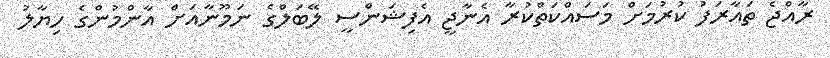
ރާއްޖެ ތައާރަފު ކުރުމަށް މަސައްކަތްކުރާ އެނާޖީ އެފިޝަންސީ ލޭބަލްގެ ނަމޫނާއަށް އާންމުންގެ ހިޔާލު